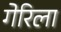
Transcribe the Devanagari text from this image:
गेरिला